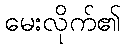
မေးလိုက်၏